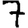
Digit: 7